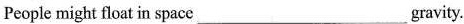
People might float in space___gravity.